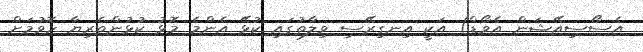
އެސޯސިއޭޝަން އެވޯޑް) އަކީ އިނގިރޭސި ވިލާތުގައި ކުޅޭ އެންމެ މޮޅު ކުޅުންތެރިޔާ ހޮވުމަށް